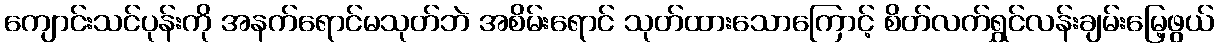
ကျောင်းသင်ပုန်းကို အနက်ရောင်မသုတ်ဘဲ အစိမ်းရောင် သုတ်ထားသောကြောင့် စိတ်လက်ရွှင်လန်းချမ်းမြေ့ဖွယ်